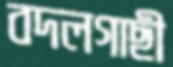
বদলগাছী